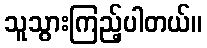
သူသွားကြည့်ပါတယ်။